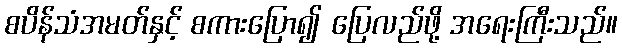
စပိန်သံအမတ်နှင့် စကားပြော၍ ပြေလည်ဖို့ အရေးကြီးသည်။